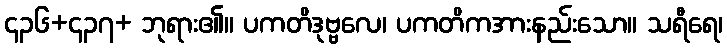
၄၃၆+၄၃၇+ ဘုရား၏။ ပကတိဒုဗ္ဗလေ၊ ပကတိကအားနည်းသော။ သရီရေ၊